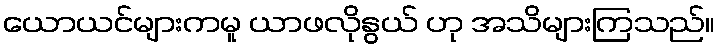
ယောယင်များကမူ ယာဖလိုနွယ် ဟု အသိများကြသည်။